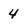
Character: 4